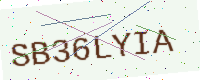
Text: SB36LYIA